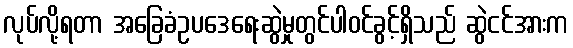
လုပ်လို့ရတာ အခြေခံဥပဒေရေးဆွဲမှုတွင်ပါဝင်ခွင့်ရှိသည် ဆွဲငင်အားက